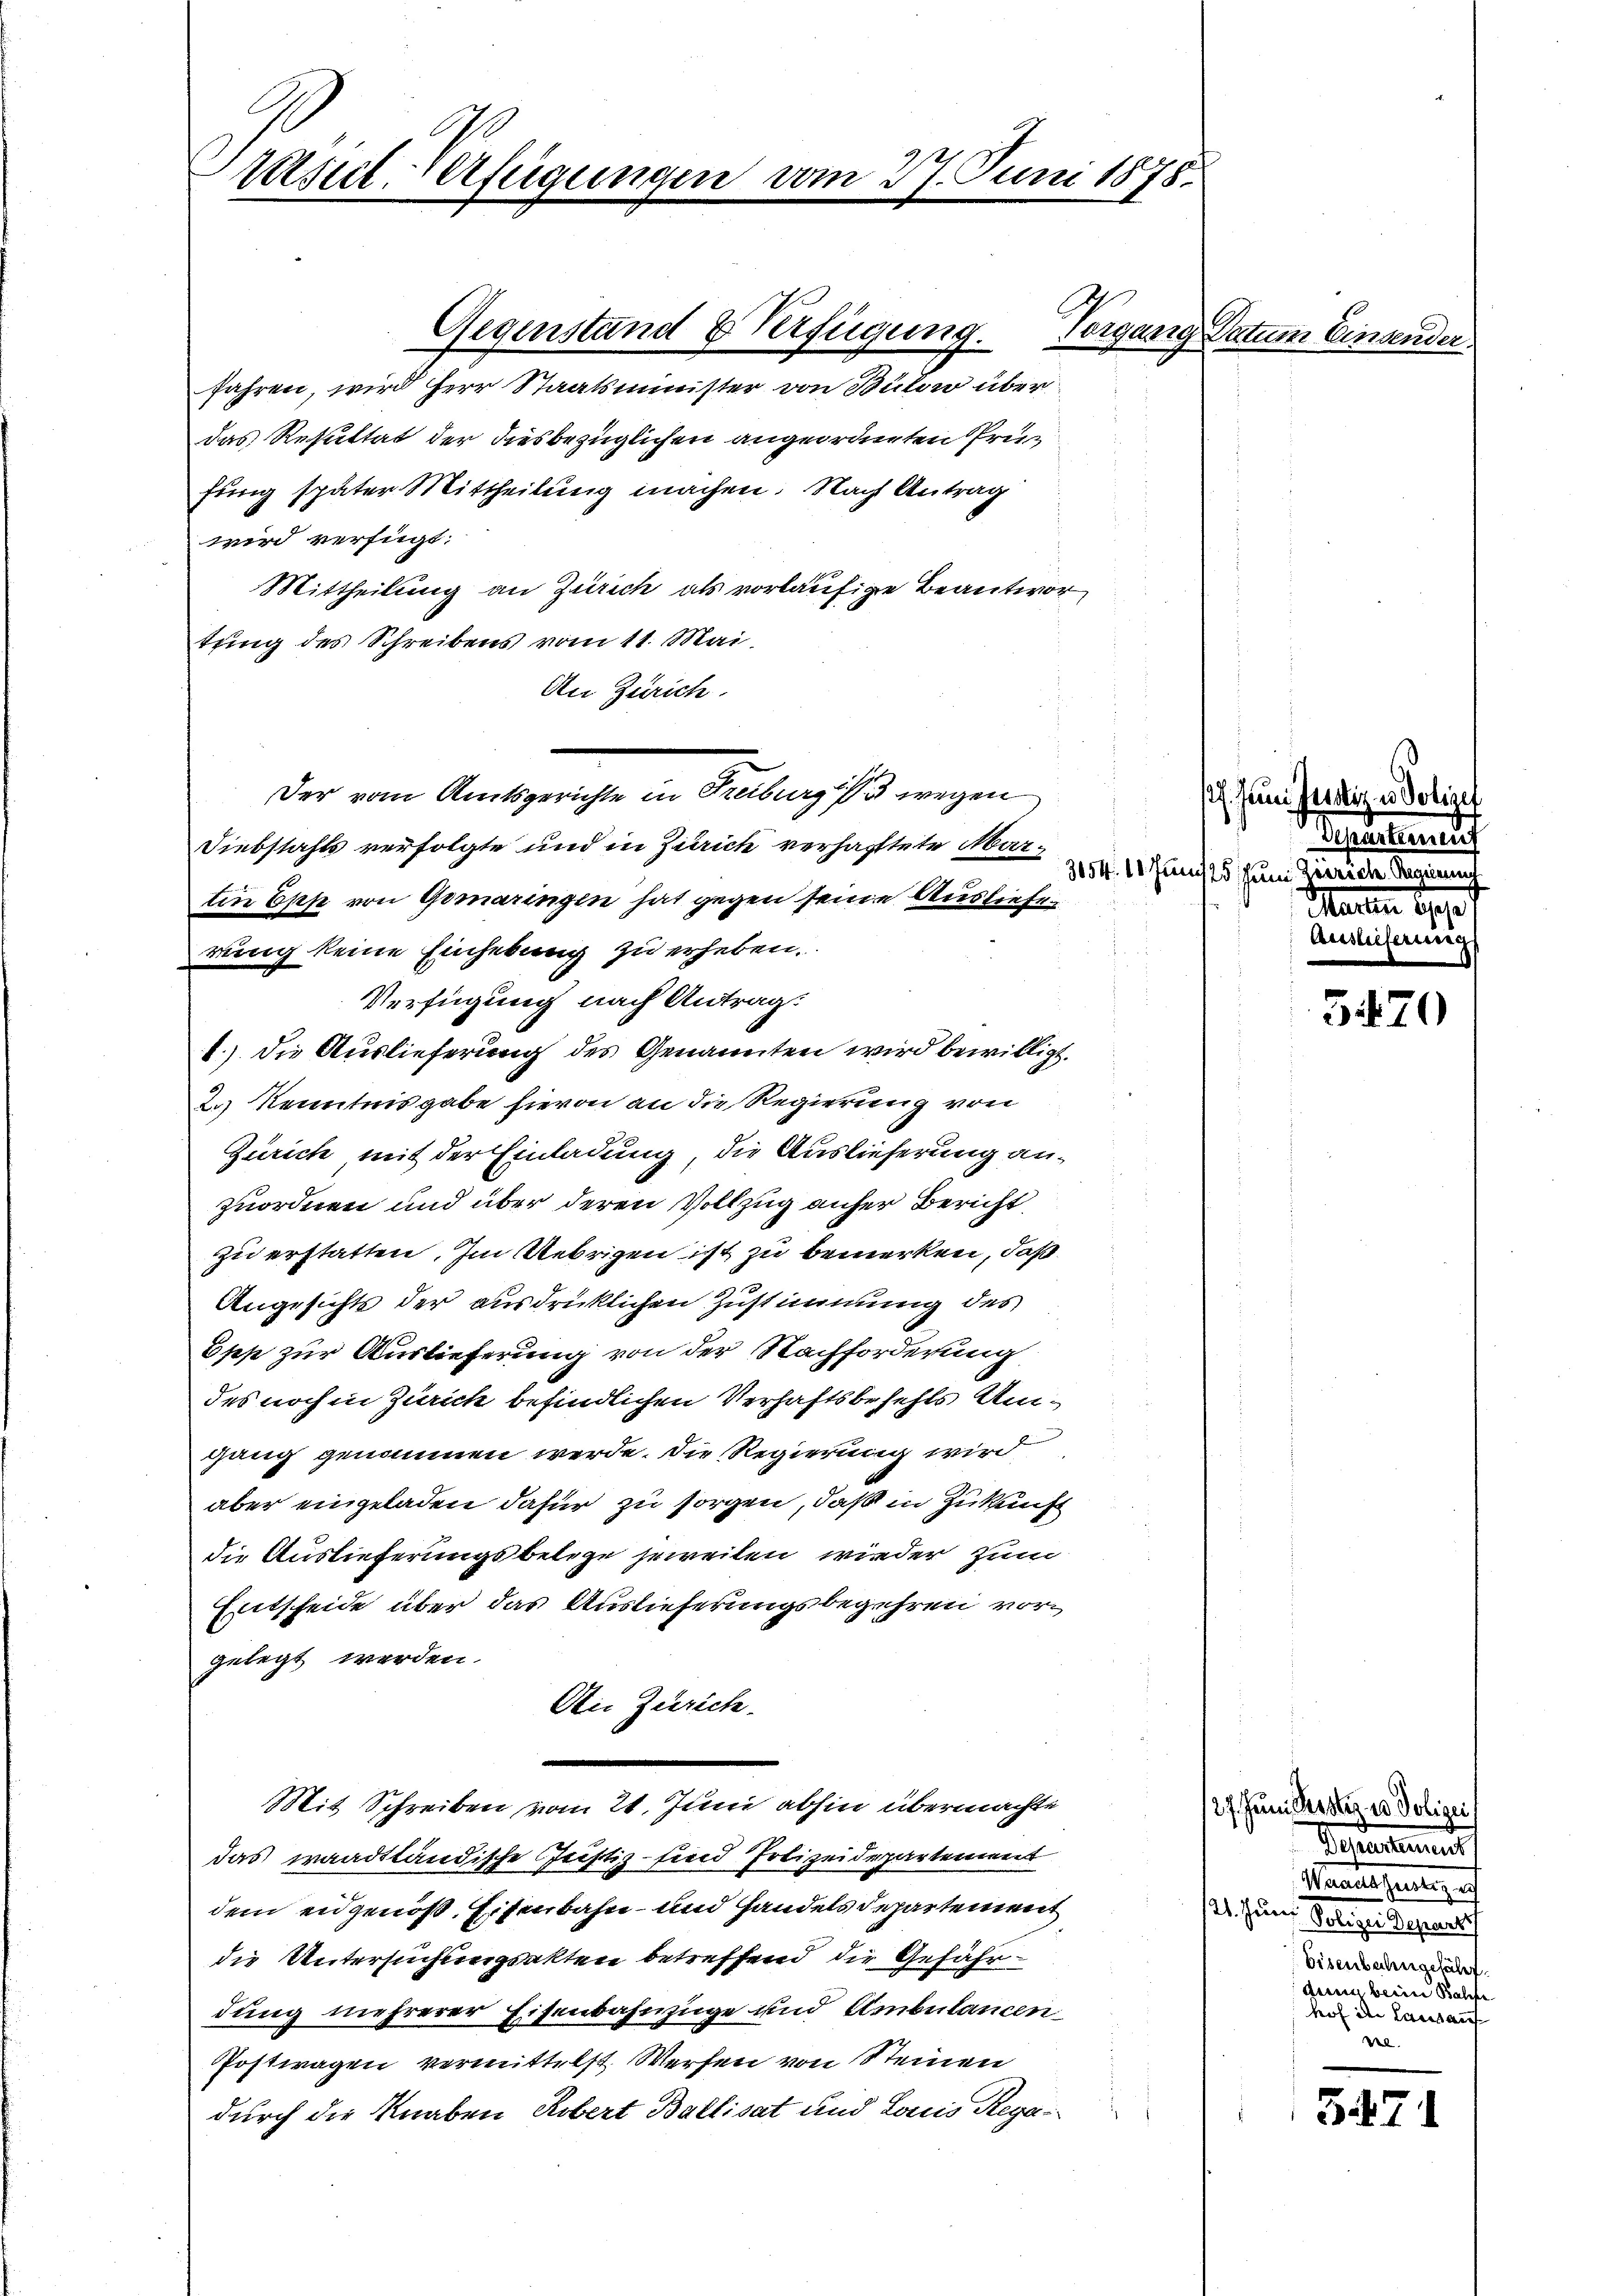
rasil. Verfügungen vom 27. Juni 1878.

Gegenstand & Verfügung.

Der vom Amtsgerichte in Freiburg wegen

fahren, wird Herr Staatsminister von Bülow über
das Resultat der diesbezüglichen angeordneten Prüfling später Mittheilung machen. Nach Antrag
wird verfügt:
Mittheilung an Zürich als vorläufige Beantwortring des Schreibens vom 11. Mai.
An Zürich.
Diebstahls verfolgte und in Zürich verhaftete Mar¬
3054. 11
tin Epp von Gemaringen hat gegen seine Auslieferung keine Einhebung zu erheben.
Verfügung nach Antrag:
1.) Die Auslieferung des Genannten wird bewilligt.
2.) Kenntnisgabe hievon an die Regierung von
Zürich mit der Einladung, die Auslieferung anzuordnen und über deren Vollzug anher Bericht
zu erstatten. Im Uebrigen ist zu bemerken, daß
Angesichts der ausdrücklichen Zustimmung des
Epp zur Auslieferung von der Nachforderung
des noch in Zürich befindlichen Verhaftsbefehls Umgang genommen werde. Die Regierung wird
aber eingeladen dafür zu sorgen, daß in Zukunft
die Auslieferungsbelege jeweilen wieder zum
Entscheide über das Auslieferungsbegehren vorgelegt werden.
An Zürich.
Mit Schreiben vom 21. Juni abhin übermachte
das waadtländische Justiz - sind Polizeidepartement
dem eidgenoß. Eisenbahn- und Handels Departement
die Untersuchungsakten betreffend die Gefährdung mehrerer Eisenbahnzüge und Ambulancen¬
Postwagen vermittelst Werfen von Steinen
durch die Knaben Robert Ballisat und Louis Rega

Vorgang Datum Einsender.

27. Juni Justiz u
taus
Juncts zum Zürich
Marie
Gessliefe

3470

127. Juni Reister in Polizei,
Petentement
Mantes seiner auf
. seinen Belegen der eine
Eisenbahngefährt.
duni beim Balle
hof in Lausauf
l

S.471

.

betre